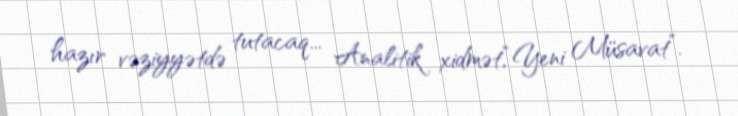
hazır vəziyyətdə tutacaq... Analitik xidmət,“Yeni Müsavat”.